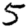
Digit: 5